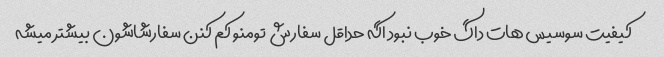
کیفیت سوسیس هات داگ خوب نبود اگه حداقل سفارش  تومنو کم کنن سفارشاشون بیشتر میشه